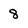
Character: 8